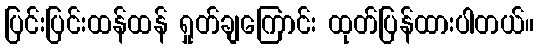
ပြင်းပြင်းထန်ထန် ရှုတ်ချကြောင်း ထုတ်ပြန်ထားပါတယ်။